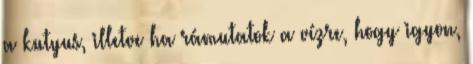
a kutyus, illetve ha rámutatok a vízre, hogy igyon,